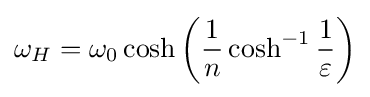
\omega _{H}=\omega _{0}\cosh \left({\frac {1}{n}}\cosh ^{-1}{\frac {1}{\varepsilon }}\right)